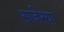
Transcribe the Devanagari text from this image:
साजेस्या